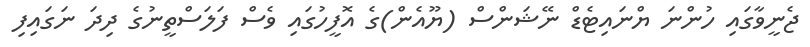
ޖެނީވާގައި ހުންނަ ޔްނައިޓެޑް ނޭޝަންސް (ޔޫއެން)ގެ އޮފީހުގައި ވެސް ފަލަސްތީނުގެ ދިދަ ނަގައިފި